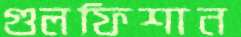
গুলফিশান